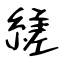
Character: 縒